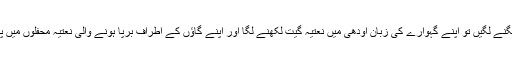
مسیں بھیگنے لگیں تو اپنے گہوارے کی زبان اودھی میں نعتیہ گیت لکھنے لگا اور اپنے گاؤں کے اطراف برپا ہونے والی نعتیہ محفلوں میں پڑھتا رہا۔